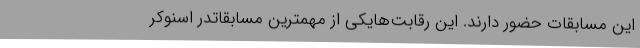
این مسابقات حضور دارند. این رقابت‌هایکی از مهمترین مسابقاتدر اسنوکر